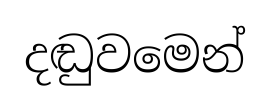
දඬුවමෙන්